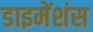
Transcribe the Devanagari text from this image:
डाइमेंशंस